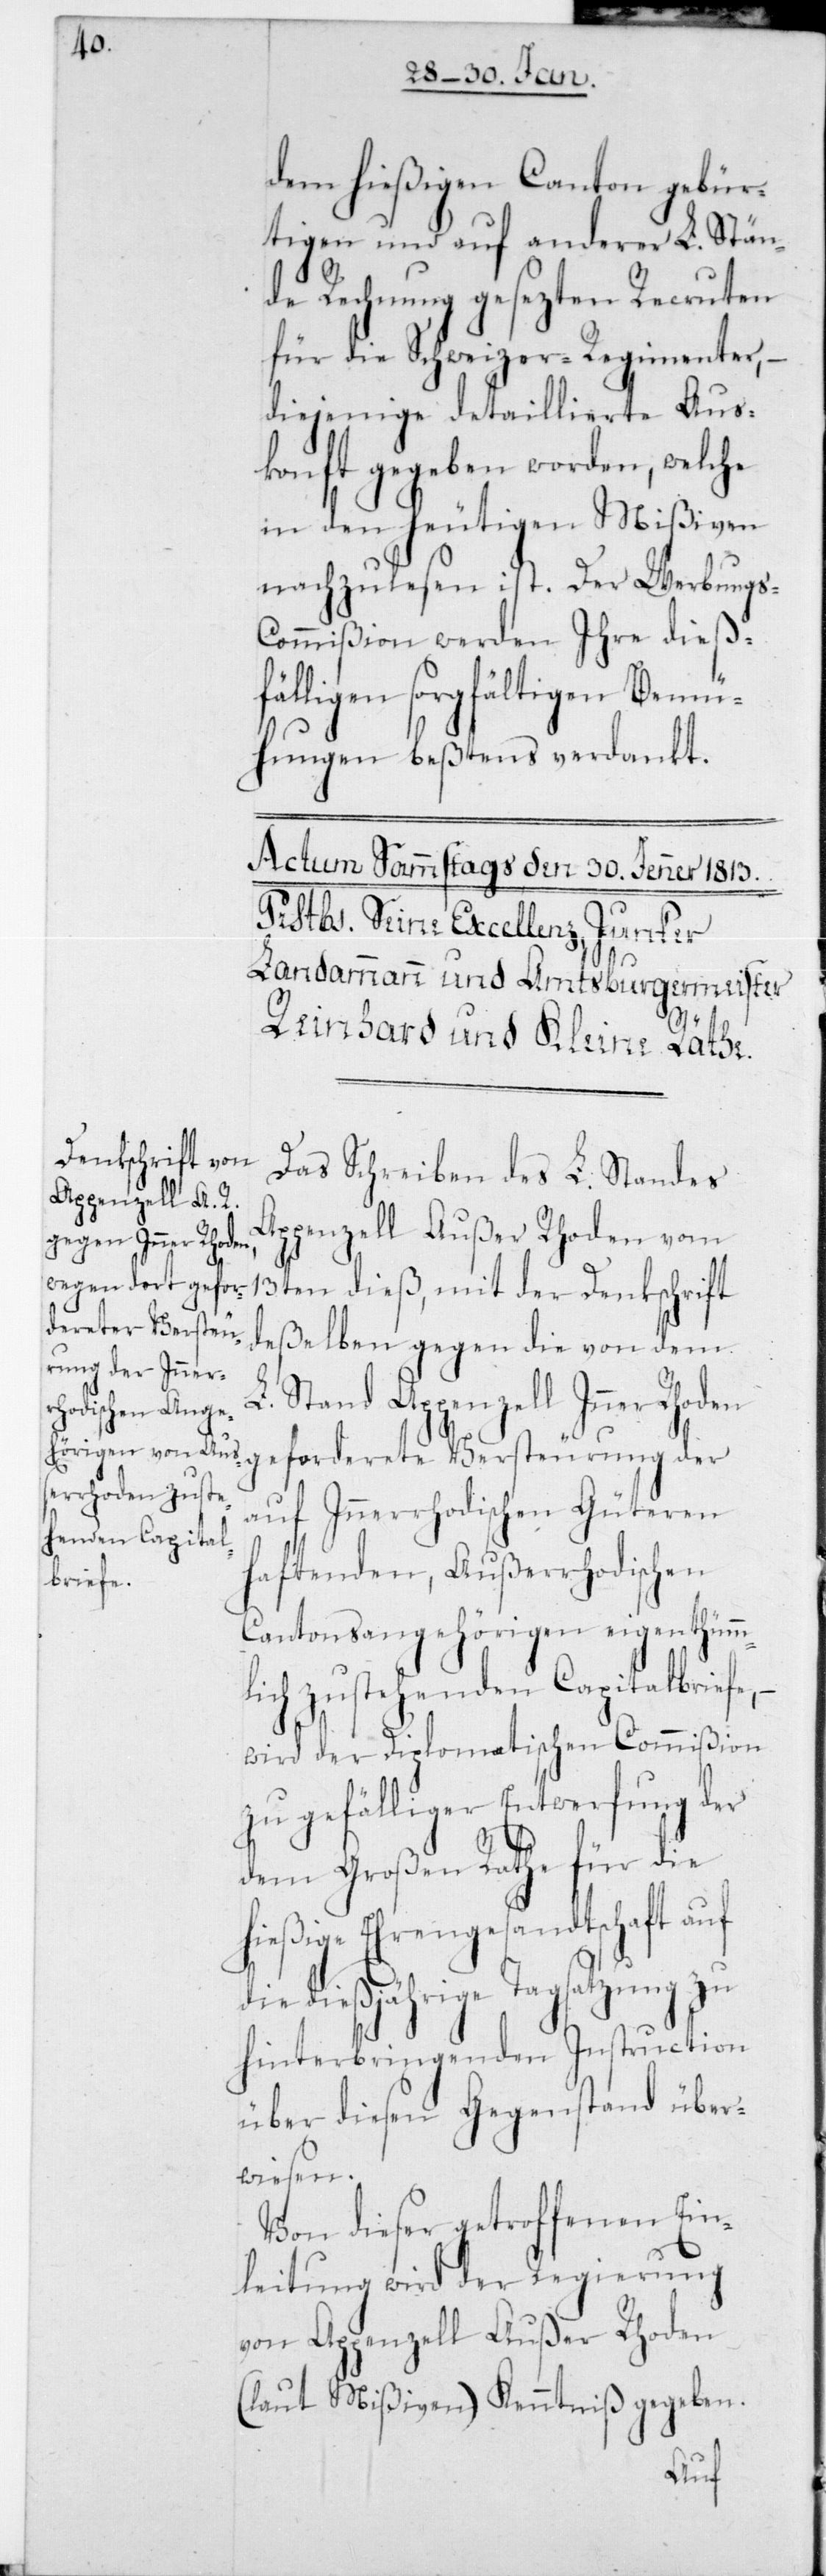
dem hießigen Canton gebür¬
tigen und auf anderer L. Stän¬
de Rechnung gesezten Recruten
für die Schweizer-Regimenter, –
diejenige detaillierte Aus¬
konft gegeben worden, welche
in den heutigen Mißiven
nachzulesen ist. Der Werbungs-C¬
ommißion werden Ihre dießf¬
älligen sorgfältigen Bemü¬
hungen beßtens verdankt.
Das Schreiben des L. Standes
Appenzell Außerrhoden vom
13ten dies, mit der Denkschrift
deßelben gegen die von dem
L. Stand Appenzell Inner Rhoden
geforderete Versteurung der
auf Innerrhodischen Güteren
haftenden, Außerrhodischen
Cantonsangehörigen eigenthümm¬
lich zustehenden Capitalbriefe, –
wird der diplomatischen Commißion
zu gefälliger Entwerfung der
dem Großen Rathe für die
hießige Ehrengesandtschaft auf
die dießjährige Tagsatzung zu
hinterbringenden Instruction
über diesen Gegenstand über¬
wiesen.
Von dieser getroffenen Ein¬
leitung wird der Regierung
von Appenzell Außer Rhoden
(laut Mißiven) Kenntniß gegeben.